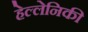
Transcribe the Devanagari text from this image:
हेल्लेनिकी